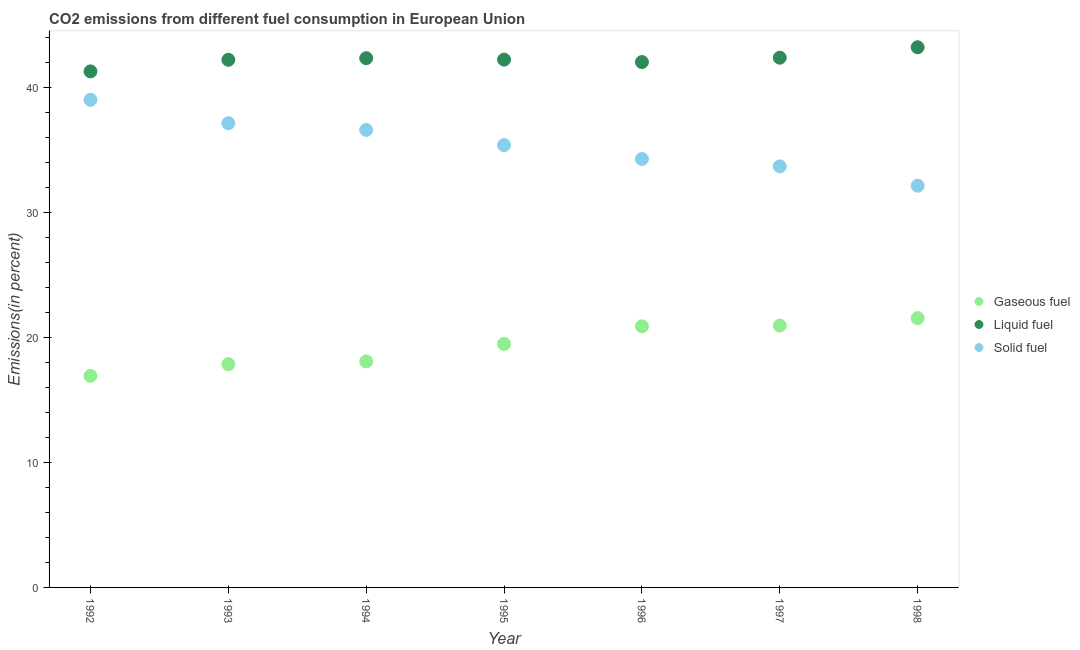
| Year | Gaseous fuel | Liquid fuel | Solid fuel |
 | --- | --- | --- | --- |
 | 1992 | 16.9 | 41.3 | 39 |
 | 1993 | 17.9 | 42.2 | 37.2 |
 | 1994 | 18.1 | 42.4 | 36.6 |
 | 1995 | 19.5 | 42.2 | 35.4 |
 | 1996 | 20.9 | 42.1 | 34.3 |
 | 1997 | 21 | 42.4 | 33.7 |
 | 1998 | 21.6 | 43.2 | 32.2 |